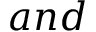
a n d